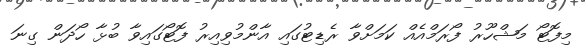
މިފޮޓޯ މަޝްހޫރު ފޯރަމްއެއް ކަމަށްވާ ރެޑިޓުގައި އާންމުވިއިރު ފޮޓޯގައިވާ ބުޅާ ހޯދަން ގިނަ